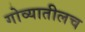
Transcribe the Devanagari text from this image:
गोव्यातीलच